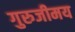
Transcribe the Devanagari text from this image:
गुरुजीमय